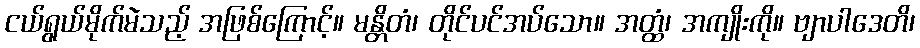
ငယ်ရွယ်မိုက်မဲသည့် အဖြစ်ကြောင့်။ မန္တိတံ၊ တိုင်ပင်အပ်သော။ အတ္ထံ၊ အကျိုးကို။ ဗျာပါဒေတိ၊